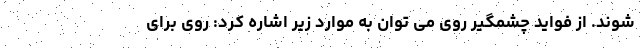
شوند. از فواید چشمگیر روی می توان به موارد زیر اشاره کرد: روی برای